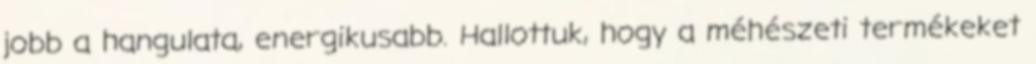
jobb a hangulata, energikusabb. Hallottuk, hogy a méhészeti termékeket